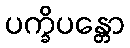
ပက္ခိပန္တော